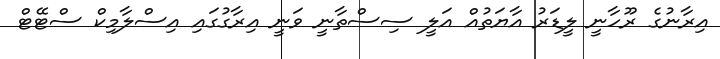
އިރާނުގެ ރޫހާނީ ލީޑަރު އާޔަތުއް އަލީ ސިސްތާނީ ވަނީ އިރާގުގައި އިސްލާމިކް ސްޓޭޓް